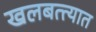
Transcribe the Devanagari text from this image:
खलबत्त्यात